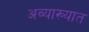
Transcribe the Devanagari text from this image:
अव्याख्यात